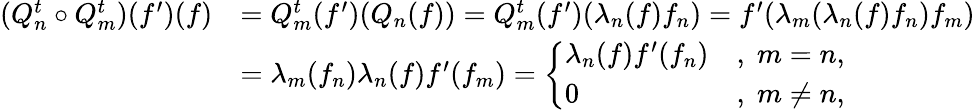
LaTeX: \begin{array}{rl}{(Q_{n}^{t}\circ Q_{m}^{t})(f^{\prime})(f)}&{=Q_{m}^{t}(f^{\prime})(Q_{n}(f))=Q_{m}^{t}(f^{\prime})(\lambda_{n}(f)f_{n})=f^{\prime}(\lambda_{m}(\lambda_{n}(f)f_{n})f_{m})}\\ &{=\lambda_{m}(f_{n})\lambda_{n}(f)f^{\prime}(f_{m})=\left\{ \begin{array}{ll}{\lambda_{n}(f)f^{\prime}(f_{n})}&{,\; m=n,}\\ {0}&{,\; m\neq n,}\end{array}\right.}\end{array}